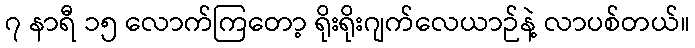
၇ နာရီ ၁၅ လောက်ကြတော့ ရိုးရိုးဂျက်လေယာဉ်နဲ့ လာပစ်တယ်။